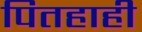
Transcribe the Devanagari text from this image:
पितहाही